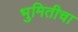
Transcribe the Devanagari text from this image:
भुमितीचा